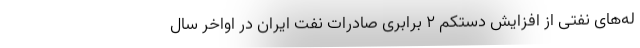
له‌های نفتی از افزایش دستکم 2 برابری صادرات نفت ایران در اواخر سال